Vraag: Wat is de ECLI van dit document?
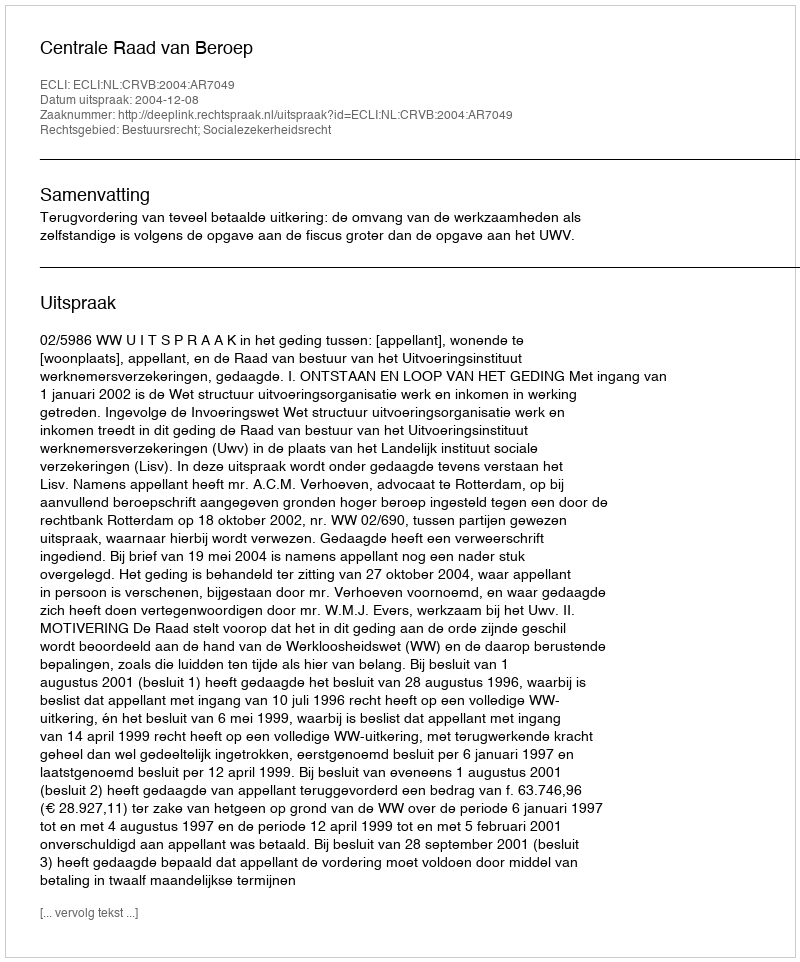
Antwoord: ECLI:NL:CRVB:2004:AR7049